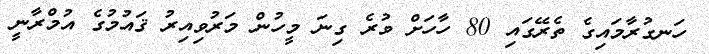
ހަނގުރާމައިގެ ތެރޭގައި 80 ހާހަށް ވުރެ ގިނަ މީހުން މަރުވިއިރު ޤައުމުގެ އުމްރާނީ